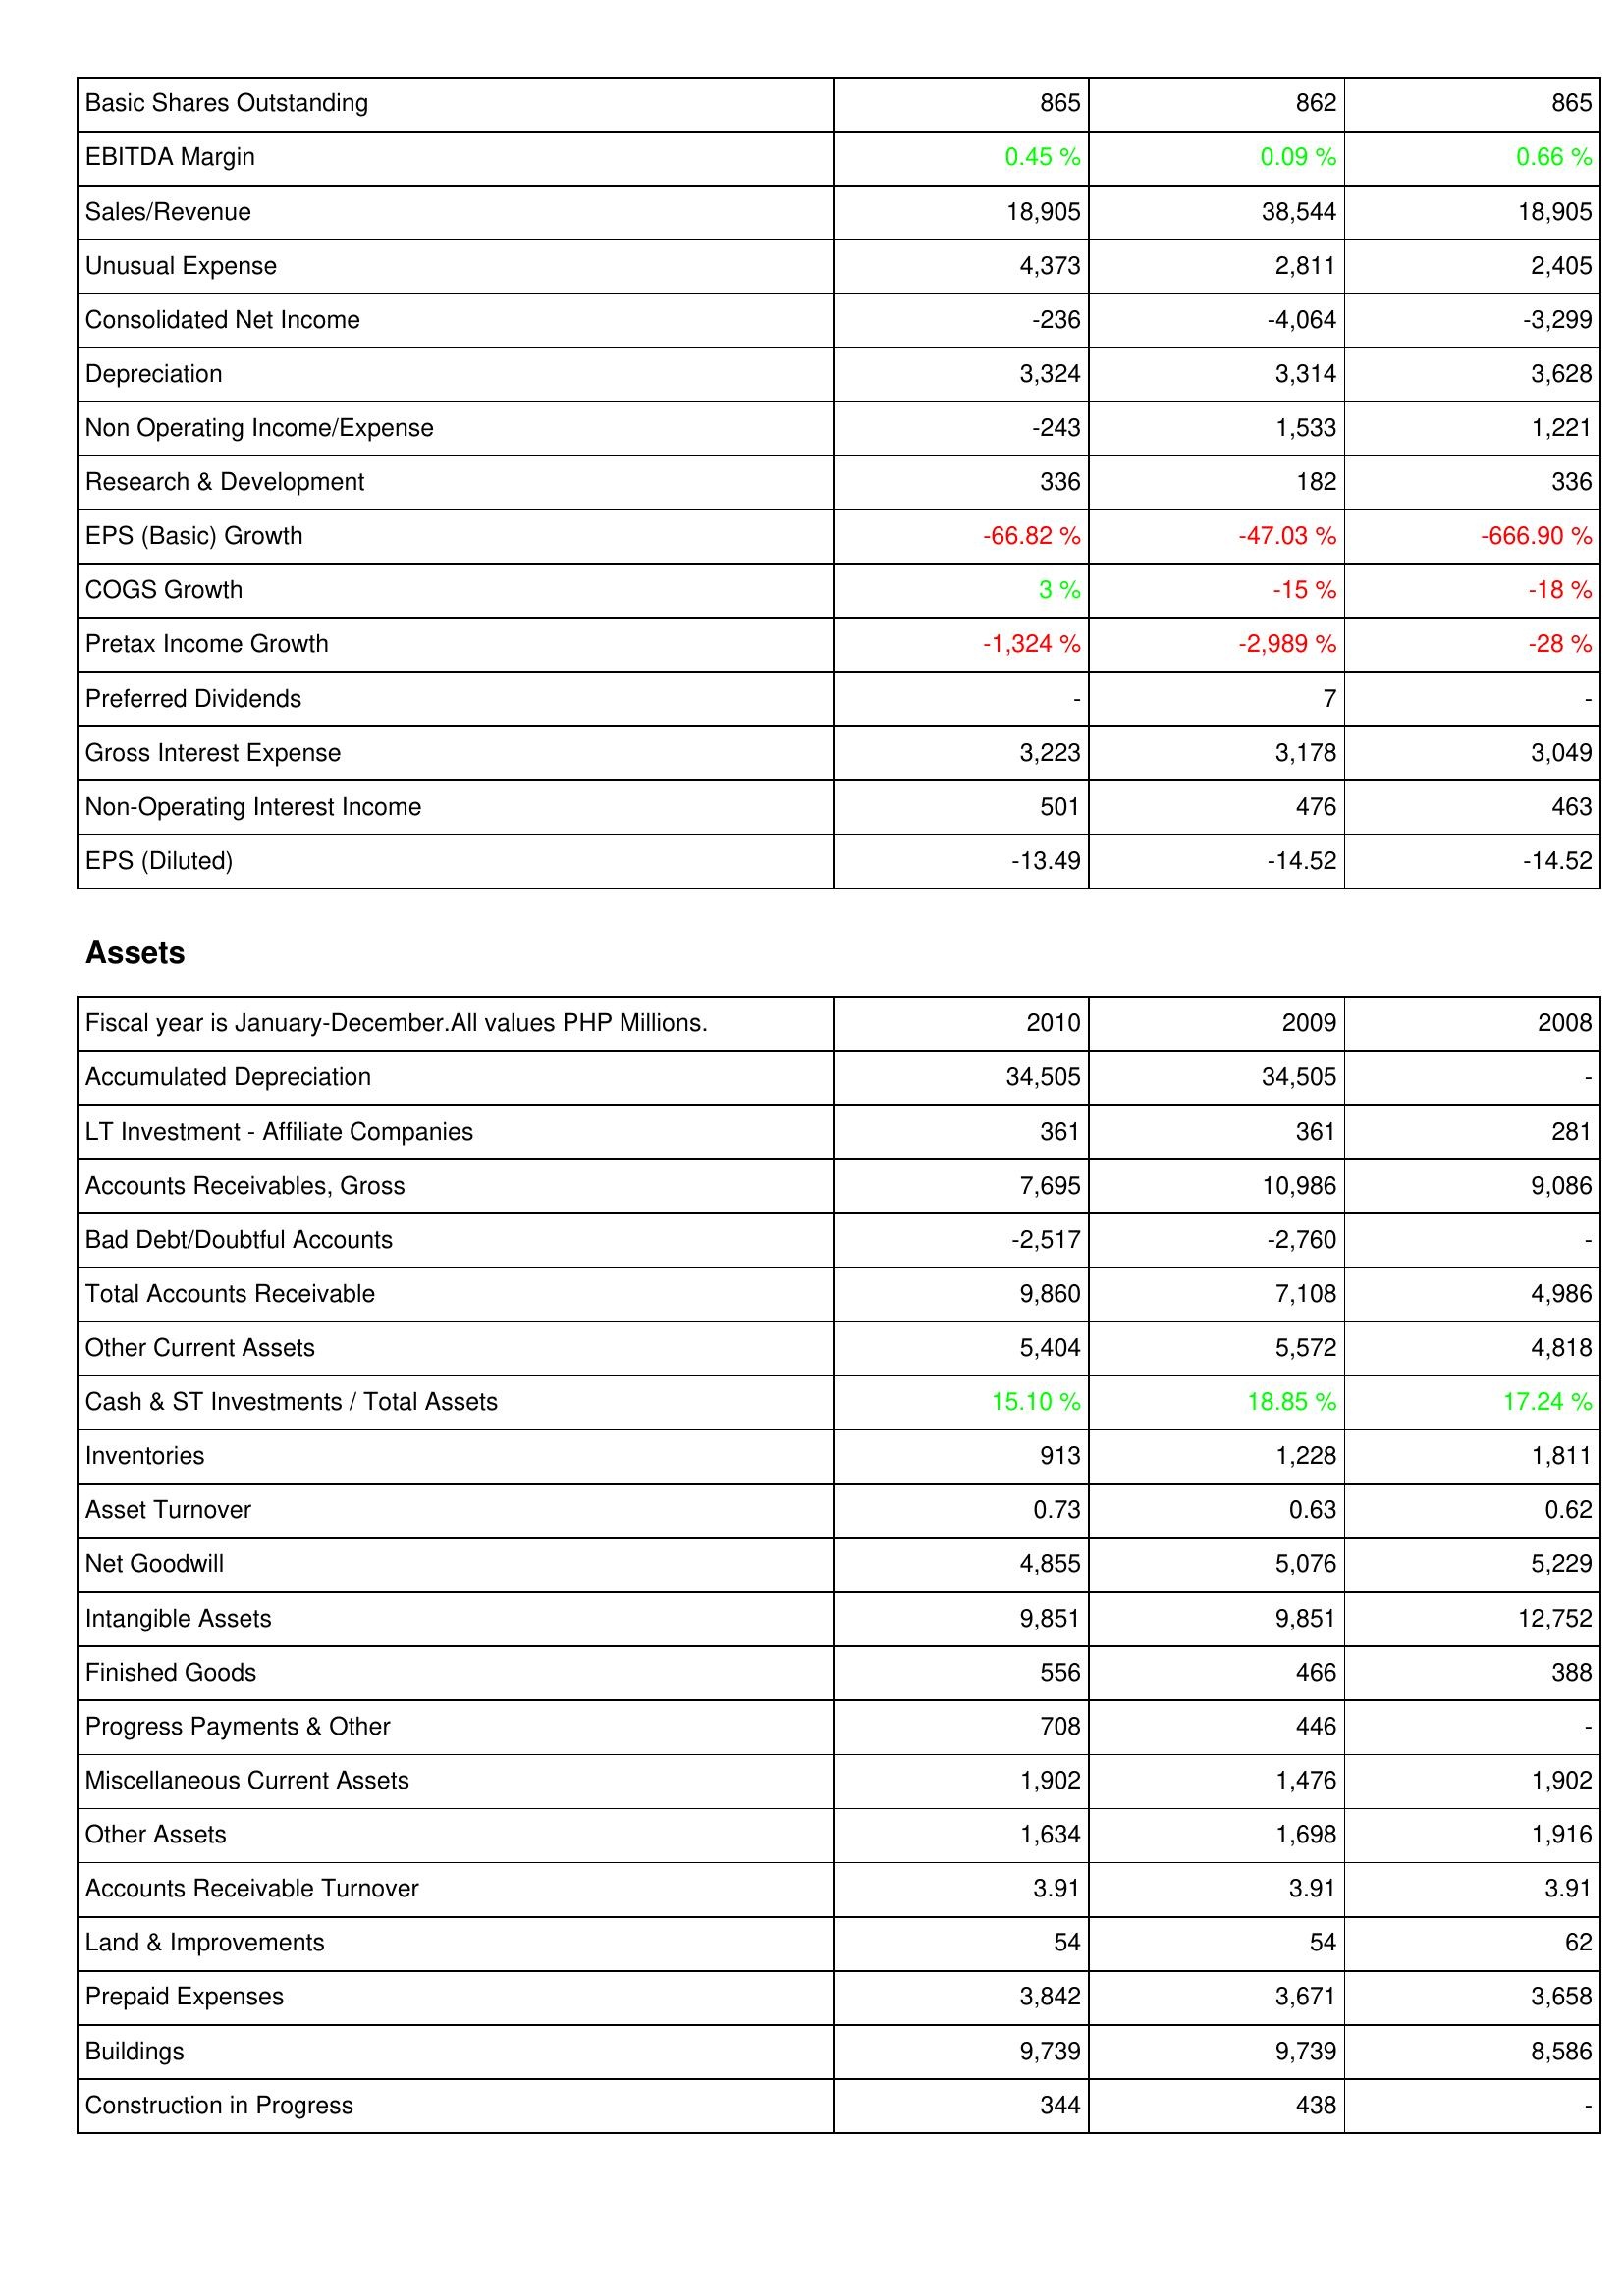
2010: Income Statement: Basic Shares Outstanding: 865
EBITDA Margin: 0.45 %
Sales/Revenue: 18,905
Unusual Expense: 4,373
Consolidated Net Income: -236
Depreciation: 3,324
Non Operating Income/Expense: -243
Research & Development: 336
EPS (Basic) Growth: -66.82 %
COGS Growth: 3 %
Pretax Income Growth: -1,324 %
Preferred Dividends: -
Gross Interest Expense: 3,223
Non-Operating Interest Income: 501
EPS (Diluted): -13.49
Assets: Accumulated Depreciation: 34,505
LT Investment - Affiliate Companies: 361
Accounts Receivables, Gross: 7,695
Bad Debt/Doubtful Accounts: -2,517
Total Accounts Receivable: 9,860
Other Current Assets: 5,404
Cash & ST Investments / Total Assets: 15.10 %
Inventories: 913
Asset Turnover: 0.73
Net Goodwill: 4,855
Intangible Assets: 9,851
Finished Goods: 556
Progress Payments & Other: 708
Miscellaneous Current Assets: 1,902
Other Assets: 1,634
Accounts Receivable Turnover: 3.91
Land & Improvements: 54
Prepaid Expenses: 3,842
Buildings: 9,739
Construction in Progress: 344
2009: Income Statement: Basic Shares Outstanding: 862
EBITDA Margin: 0.09 %
Sales/Revenue: 38,544
Unusual Expense: 2,811
Consolidated Net Income: -4,064
Depreciation: 3,314
Non Operating Income/Expense: 1,533
Research & Development: 182
EPS (Basic) Growth: -47.03 %
COGS Growth: -15 %
Pretax Income Growth: -2,989 %
Preferred Dividends: 7
Gross Interest Expense: 3,178
Non-Operating Interest Income: 476
EPS (Diluted): -14.52
Assets: Accumulated Depreciation: 34,505
LT Investment - Affiliate Companies: 361
Accounts Receivables, Gross: 10,986
Bad Debt/Doubtful Accounts: -2,760
Total Accounts Receivable: 7,108
Other Current Assets: 5,572
Cash & ST Investments / Total Assets: 18.85 %
Inventories: 1,228
Asset Turnover: 0.63
Net Goodwill: 5,076
Intangible Assets: 9,851
Finished Goods: 466
Progress Payments & Other: 446
Miscellaneous Current Assets: 1,476
Other Assets: 1,698
Accounts Receivable Turnover: 3.91
Land & Improvements: 54
Prepaid Expenses: 3,671
Buildings: 9,739
Construction in Progress: 438
2008: Income Statement: Basic Shares Outstanding: 865
EBITDA Margin: 0.66 %
Sales/Revenue: 18,905
Unusual Expense: 2,405
Consolidated Net Income: -3,299
Depreciation: 3,628
Non Operating Income/Expense: 1,221
Research & Development: 336
EPS (Basic) Growth: -666.90 %
COGS Growth: -18 %
Pretax Income Growth: -28 %
Preferred Dividends: -
Gross Interest Expense: 3,049
Non-Operating Interest Income: 463
EPS (Diluted): -14.52
Assets: Accumulated Depreciation: -
LT Investment - Affiliate Companies: 281
Accounts Receivables, Gross: 9,086
Bad Debt/Doubtful Accounts: -
Total Accounts Receivable: 4,986
Other Current Assets: 4,818
Cash & ST Investments / Total Assets: 17.24 %
Inventories: 1,811
Asset Turnover: 0.62
Net Goodwill: 5,229
Intangible Assets: 12,752
Finished Goods: 388
Progress Payments & Other: -
Miscellaneous Current Assets: 1,902
Other Assets: 1,916
Accounts Receivable Turnover: 3.91
Land & Improvements: 62
Prepaid Expenses: 3,658
Buildings: 8,586
Construction in Progress: -